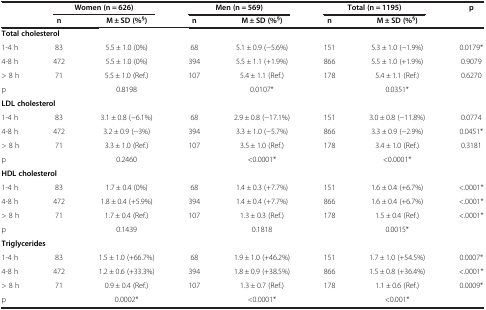
<table><thead><tr><td><b> </b></td><td colspan="2"><b>Women (n = 626)</b></td><td colspan="2"><b>Men (n = 569)</b></td><td colspan="2"><b>Total (n = 1195)</b></td><td><b>p</b></td></tr><tr><td><b> </b></td><td><b>n</b></td><td><b>M ± SD (%<sup>§</sup>)</b></td><td><b>n</b></td><td><b>M ± SD (%<sup>§</sup>)</b></td><td><b>n</b></td><td><b>M ± SD (%<sup>§</sup>)</b></td><td><b> </b></td></tr></thead><tbody><tr><td colspan="8"><b>Total cholesterol</b></td></tr><tr><td>1-4 h</td><td>83</td><td>5.5 ± 1.0 (0%)</td><td>68</td><td>5.1 ± 0.9 (−5.6%)</td><td>151</td><td>5.3 ± 1.0 (−1.9%)</td><td>0.0179*</td></tr><tr><td>4-8 h</td><td>472</td><td>5.5 ± 1.0 (0%)</td><td>394</td><td>5.5 ± 1.1 (+1.9%)</td><td>866</td><td>5.5 ± 1.0 (+1.9%)</td><td>0.9079</td></tr><tr><td>&gt; 8 h</td><td>71</td><td>5.5 ± 1.0 (Ref.)</td><td>107</td><td>5.4 ± 1.1 (Ref.)</td><td>178</td><td>5.4 ± 1.1 (Ref.)</td><td>0.6270</td></tr><tr><td>p</td><td> </td><td>0.8198</td><td> </td><td>0.0107*</td><td> </td><td>0.0351*</td><td> </td></tr><tr><td colspan="8"><b>LDL cholesterol</b></td></tr><tr><td>1-4 h</td><td>83</td><td>3.1 ± 0.8 (−6.1%)</td><td>68</td><td>2.9 ± 0.8 (−17.1%)</td><td>151</td><td>3.0 ± 0.8 (−11.8%)</td><td>0.0774</td></tr><tr><td>4-8 h</td><td>472</td><td>3.2 ± 0.9 (−3%)</td><td>394</td><td>3.3 ± 1.0 (−5.7%)</td><td>866</td><td>3.3 ± 0.9 (−2.9%)</td><td>0.0451*</td></tr><tr><td>&gt; 8 h</td><td>71</td><td>3.3 ± 1.0 (Ref.)</td><td>107</td><td>3.5 ± 1.0 (Ref.)</td><td>178</td><td>3.4 ± 1.0 (Ref.)</td><td>0.3181</td></tr><tr><td>p</td><td> </td><td>0.2460</td><td> </td><td>&lt;0.0001*</td><td> </td><td>&lt;0.0001*</td><td> </td></tr><tr><td colspan="8"><b>HDL cholesterol</b></td></tr><tr><td>1-4 h</td><td>83</td><td>1.7 ± 0.4 (0%)</td><td>68</td><td>1.4 ± 0.3 (+7.7%)</td><td>151</td><td>1.6 ± 0.4 (+6.7%)</td><td>&lt;.0001*</td></tr><tr><td>4-8 h</td><td>472</td><td>1.8 ± 0.4 (+5.9%)</td><td>394</td><td>1.4 ± 0.4 (+7.7%)</td><td>866</td><td>1.6 ± 0.4 (+6.7%)</td><td>&lt;.0001*</td></tr><tr><td>&gt; 8 h</td><td>71</td><td>1.7 ± 0.4 (Ref.)</td><td>107</td><td>1.3 ± 0.3 (Ref.)</td><td>178</td><td>1.5 ± 0.4 (Ref.)</td><td>&lt;.0001*</td></tr><tr><td>p</td><td> </td><td>0.1439</td><td> </td><td>0.1818</td><td> </td><td>0.0015*</td><td> </td></tr><tr><td colspan="8"><b>Triglycerides</b></td></tr><tr><td>1-4 h</td><td>83</td><td>1.5 ± 1.0 (+66.7%)</td><td>68</td><td>1.9 ± 1.0 (+46.2%)</td><td>151</td><td>1.7 ± 1.0 (+54.5%)</td><td>0.0007*</td></tr><tr><td>4-8 h</td><td>472</td><td>1.2 ± 0.6 (+33.3%)</td><td>394</td><td>1.8 ± 0.9 (+38.5%)</td><td>866</td><td>1.5 ± 0.8 (+36.4%)</td><td>&lt;.0001*</td></tr><tr><td>&gt; 8 h</td><td>71</td><td>0.9 ± 0.4 (Ref.)</td><td>107</td><td>1.3 ± 0.7 (Ref.)</td><td>178</td><td>1.1 ± 0.6 (Ref.)</td><td>0.0009*</td></tr><tr><td>p</td><td> </td><td>0.0002*</td><td> </td><td>&lt;0.0001*</td><td> </td><td>&lt;0.001*</td><td> </td></tr></tbody></table>